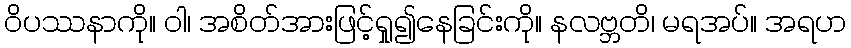
ဝိပဿနာကို။ ဝါ၊ အစိတ်အားဖြင့်ရှု၍နေခြင်းကို။ နလဗ္ဘတိ၊ မရအပ်။ အရဟ